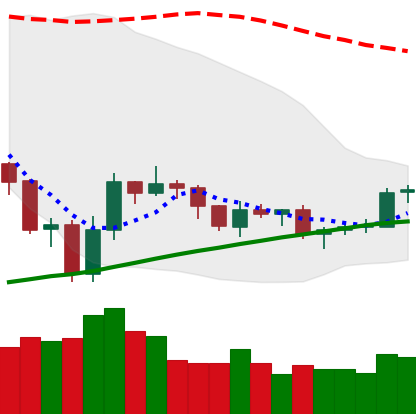
Ticker: LTC-USD
Chart end date: 2019-08-01
Forward return: -6.161%
Label: down_5_7